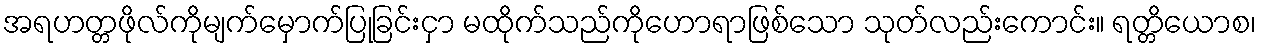
အရဟတ္တဖိုလ်ကိုမျက်မှောက်ပြုခြင်းငှာ မထိုက်သည်ကိုဟောရာဖြစ်သော သုတ်လည်းကောင်း။ ရတ္တိယောစ၊